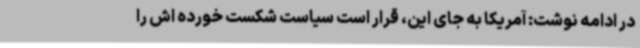
در ادامه نوشت: آمریکا به جای این، قرار است سیاست شکست خورده اش را